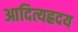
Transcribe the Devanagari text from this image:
आदित्यह्रदय